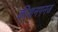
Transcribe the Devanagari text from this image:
कीशनगनज